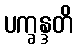
ပက္ခန္ဒတိ